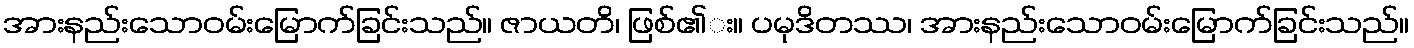
အားနည်းသောဝမ်းမြောက်ခြင်းသည်။ ဇာယတိ၊ ဖြစ်၏း။ ပမုဒိတဿ၊ အားနည်းသောဝမ်းမြောက်ခြင်းသည်။